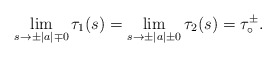
\begin{align*}\lim_{s\rightarrow \pm |a| \mp 0}\tau_1(s) = \lim_{s\rightarrow \pm |a| \pm 0}\tau_2(s) = \tau_{\circ}^{\pm}.\end{align*}